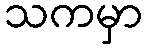
သကမှာ